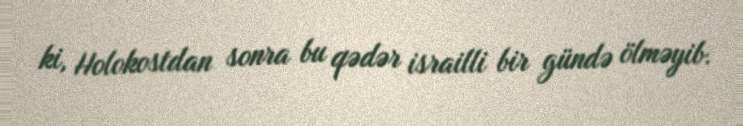
ki, Holokostdan sonra bu qədər israilli bir gündə ölməyib.